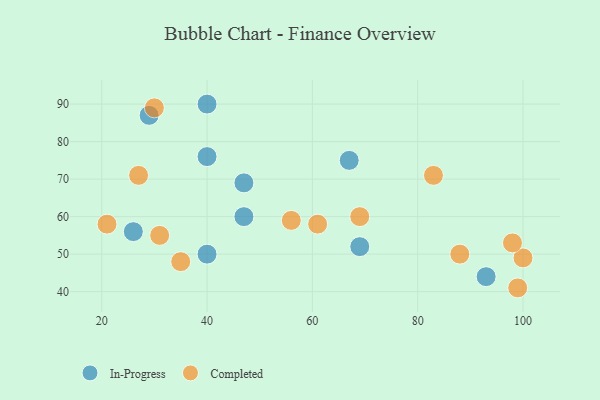
{"axis": {"x": "GDP", "y": "Life Expectancy"}, "legend": ["Completed", "In-Progress"], "data": [{"x": "47", "y": 60, "type": "In-Progress"}, {"x": "67", "y": 75, "type": "In-Progress"}, {"x": "29", "y": 87, "type": "In-Progress"}, {"x": "40", "y": 50, "type": "In-Progress"}, {"x": "40", "y": 90, "type": "In-Progress"}, {"x": "93", "y": 44, "type": "In-Progress"}, {"x": "40", "y": 76, "type": "In-Progress"}, {"x": "69", "y": 52, "type": "In-Progress"}, {"x": "47", "y": 69, "type": "In-Progress"}, {"x": "26", "y": 56, "type": "In-Progress"}, {"x": "83", "y": 71, "type": "Completed"}, {"x": "69", "y": 60, "type": "Completed"}, {"x": "56", "y": 59, "type": "Completed"}, {"x": "27", "y": 71, "type": "Completed"}, {"x": "35", "y": 48, "type": "Completed"}, {"x": "100", "y": 49, "type": "Completed"}, {"x": "31", "y": 55, "type": "Completed"}, {"x": "99", "y": 41, "type": "Completed"}, {"x": "61", "y": 58, "type": "Completed"}, {"x": "21", "y": 58, "type": "Completed"}, {"x": "98", "y": 53, "type": "Completed"}, {"x": "30", "y": 89, "type": "Completed"}, {"x": "88", "y": 50, "type": "Completed"}]}